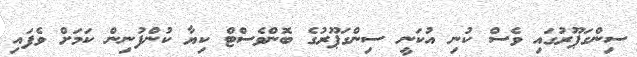
ސިންގަޕޫރުގައި ވެސް ކުނި އުކަނީ ސިންގަޕޫރުގެ ބޮންވެސްޓް ކިޔާ ކުންފުނިން ކަމަށް ވެފައި